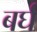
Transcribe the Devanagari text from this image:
बर्घ